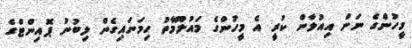
މީހުންގެ ނަން އިއުލާން ކުރީ އެ މީހުންގެ މައުލޫމާތު ހިމަނައިގެން ލިބުނު ޕޮއިންޓްގެ